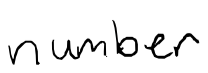
Text: number
Cross-out: clean
Writing tool: digital_black